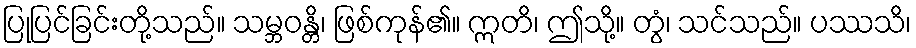
ပြုပြင်ခြင်းတို့သည်။ သမ္ဘဝန္တိ၊ ဖြစ်ကုန်၏။ ဣတိ၊ ဤသို့။ တွံ၊ သင်သည်။ ပဿသိ၊